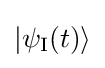
|\psi _{\rm {I}}(t)\rangle